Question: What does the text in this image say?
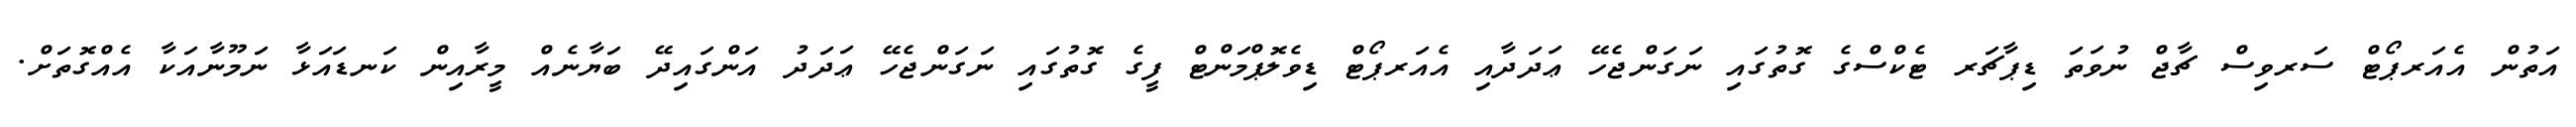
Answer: އަތުން އެއަރޕޯޓް ސަރވިސް ޗާޖް ނުވަތަ ޑިޕާޗަރ ޓެކްސްގެ ގޮތުގައި ނަގަންޖެހޭ ޢަދަދާއި އެއަރޕޯޓް ޑިވެލޮޕްމަންޓް ފީގެ ގޮތުގައި ނަގަންޖެހޭ ޢަދަދު އަންގައިދޭ ބަޔާނެއް މީރާއިން ކަނޑައަޅާ ނަމޫނާއަކާ އެއްގޮތަށް.